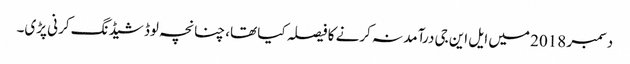
دسمبر 2018 میں ایل این جی درآمد نہ کرنے کا فیصلہ کیا تھا، چنانچہ لوڈ شیڈنگ کرنی پڑی۔